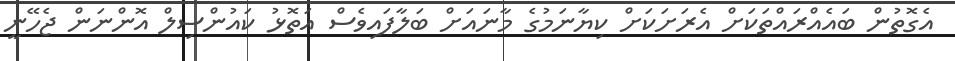
އެގޮތުން ބައެއްރައްތަކަށް އެރަށަކަށް ކިޔާނަމުގެ މާނައަށް ބަލާފައިވެސް އަތޮޅު ކައުންސިލް އޮންނަން ޖެހޭނީ